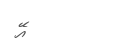
އޭ